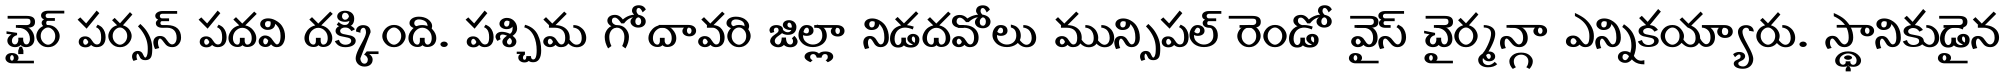
ఛైర్ పర్సన్ పదవి దక్కింది. పశ్చిమ గోదావరి జిల్లా నిడదవోలు మున్సిపల్ రెండో వైస్ చైర్మన్గా ఎన్నికయ్యారు. స్థానికుడైన